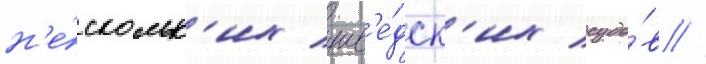
н'е́скольк'их шв'е́дск'их судо́в //